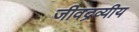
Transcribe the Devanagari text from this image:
जीवद्रव्यीय